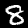
Digit: 8